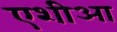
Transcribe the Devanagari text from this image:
एशीआ